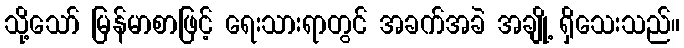
သို့သော် မြန်မာစာဖြင့် ရေးသားရာတွင် အခက်အခဲ အချို့ ရှိသေးသည်။